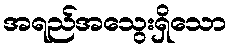
အရည်အသွေးရှိသော